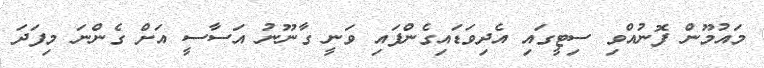
މައުމޫން ފޮނުއްވި ސިޓީގައި އެދިވަޑައިގެންފައި ވަނީ ގާނޫނު އަސާސީ އަށް ގެންނަ މިފަދަ